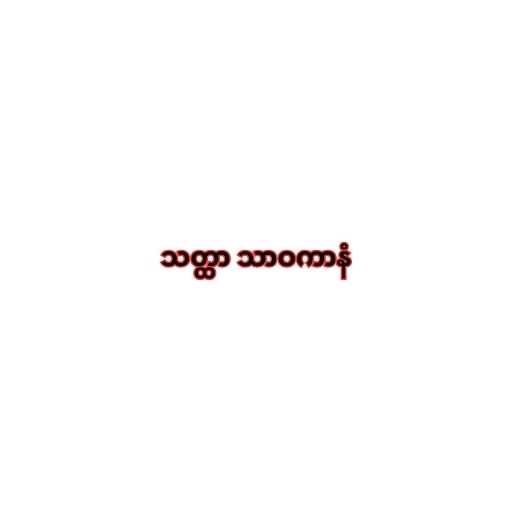
သတ္ထာ သာဝကာနံ